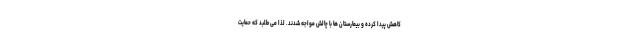
کاهش پیدا کرده و بیمارستان ها با چالش مواجه شدند. لذا می طلبد که حمایت